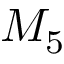
M _ { 5 }